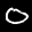
Label: 0